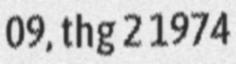
09, thg 2 1974